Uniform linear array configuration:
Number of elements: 32
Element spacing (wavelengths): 0.5
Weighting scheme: cosine
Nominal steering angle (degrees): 0
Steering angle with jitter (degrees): -0.9439
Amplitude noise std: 0.05
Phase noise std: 0.05

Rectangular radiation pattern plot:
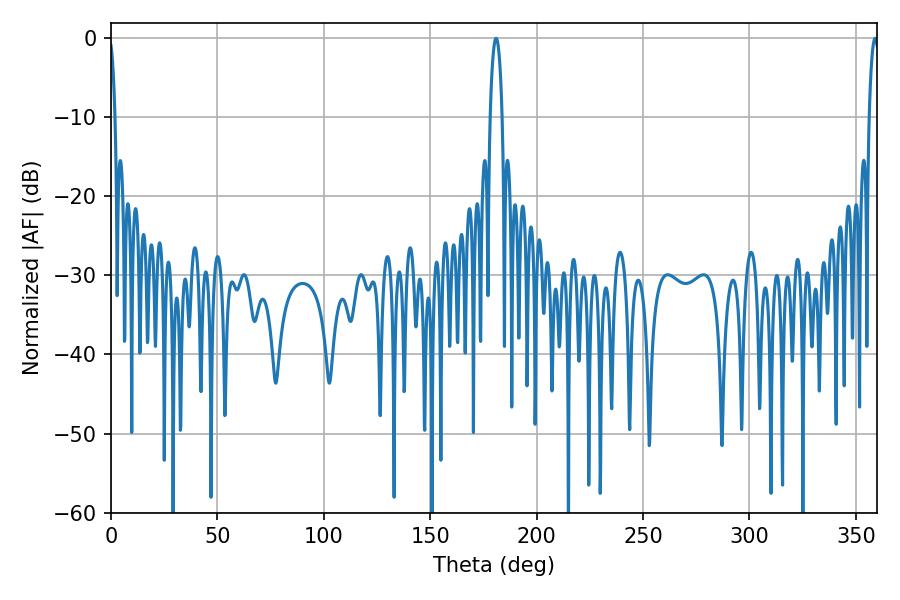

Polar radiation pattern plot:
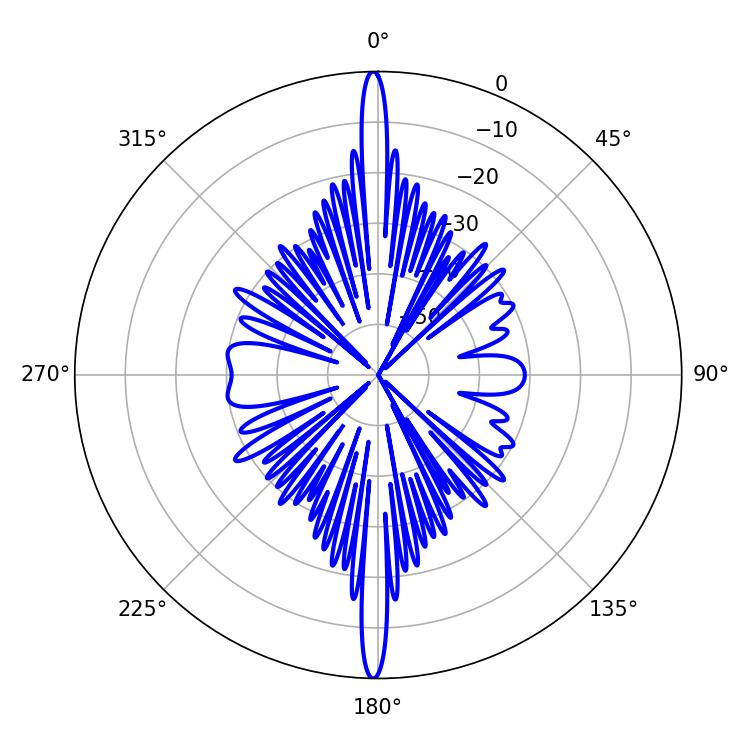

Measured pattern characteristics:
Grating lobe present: FALSE
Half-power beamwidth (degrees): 3.06
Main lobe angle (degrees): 180.9